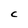
Character: C